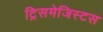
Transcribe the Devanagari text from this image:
ट्रिसमेजिस्टस